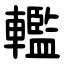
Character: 轞